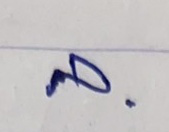
ล.